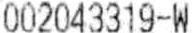
002043319-W